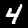
Digit: 4